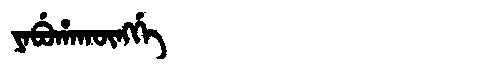
Manchu: ᠶᠠᠪᡠᡥᠠᡴᡡᠩᡤᡝ
Romanization: YABUHAKŪNGGE